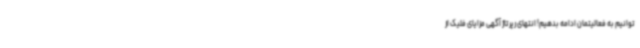
توانیم به فعالیتمان ادامه بدهیم! انتهای رپرتاژ آگهی مزایای فلیک از